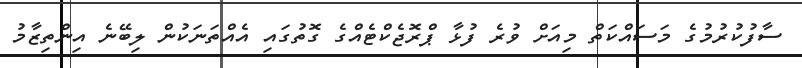
ސާފުކުރުމުގެ މަސައްކަތް މިއަށް ވުރެ ފުޅާ ޕްރޮޖެކްޓެއްގެ ގޮތުގައި އެއްތަނަކުން ލިބޭނެ އިންތިޒާމު